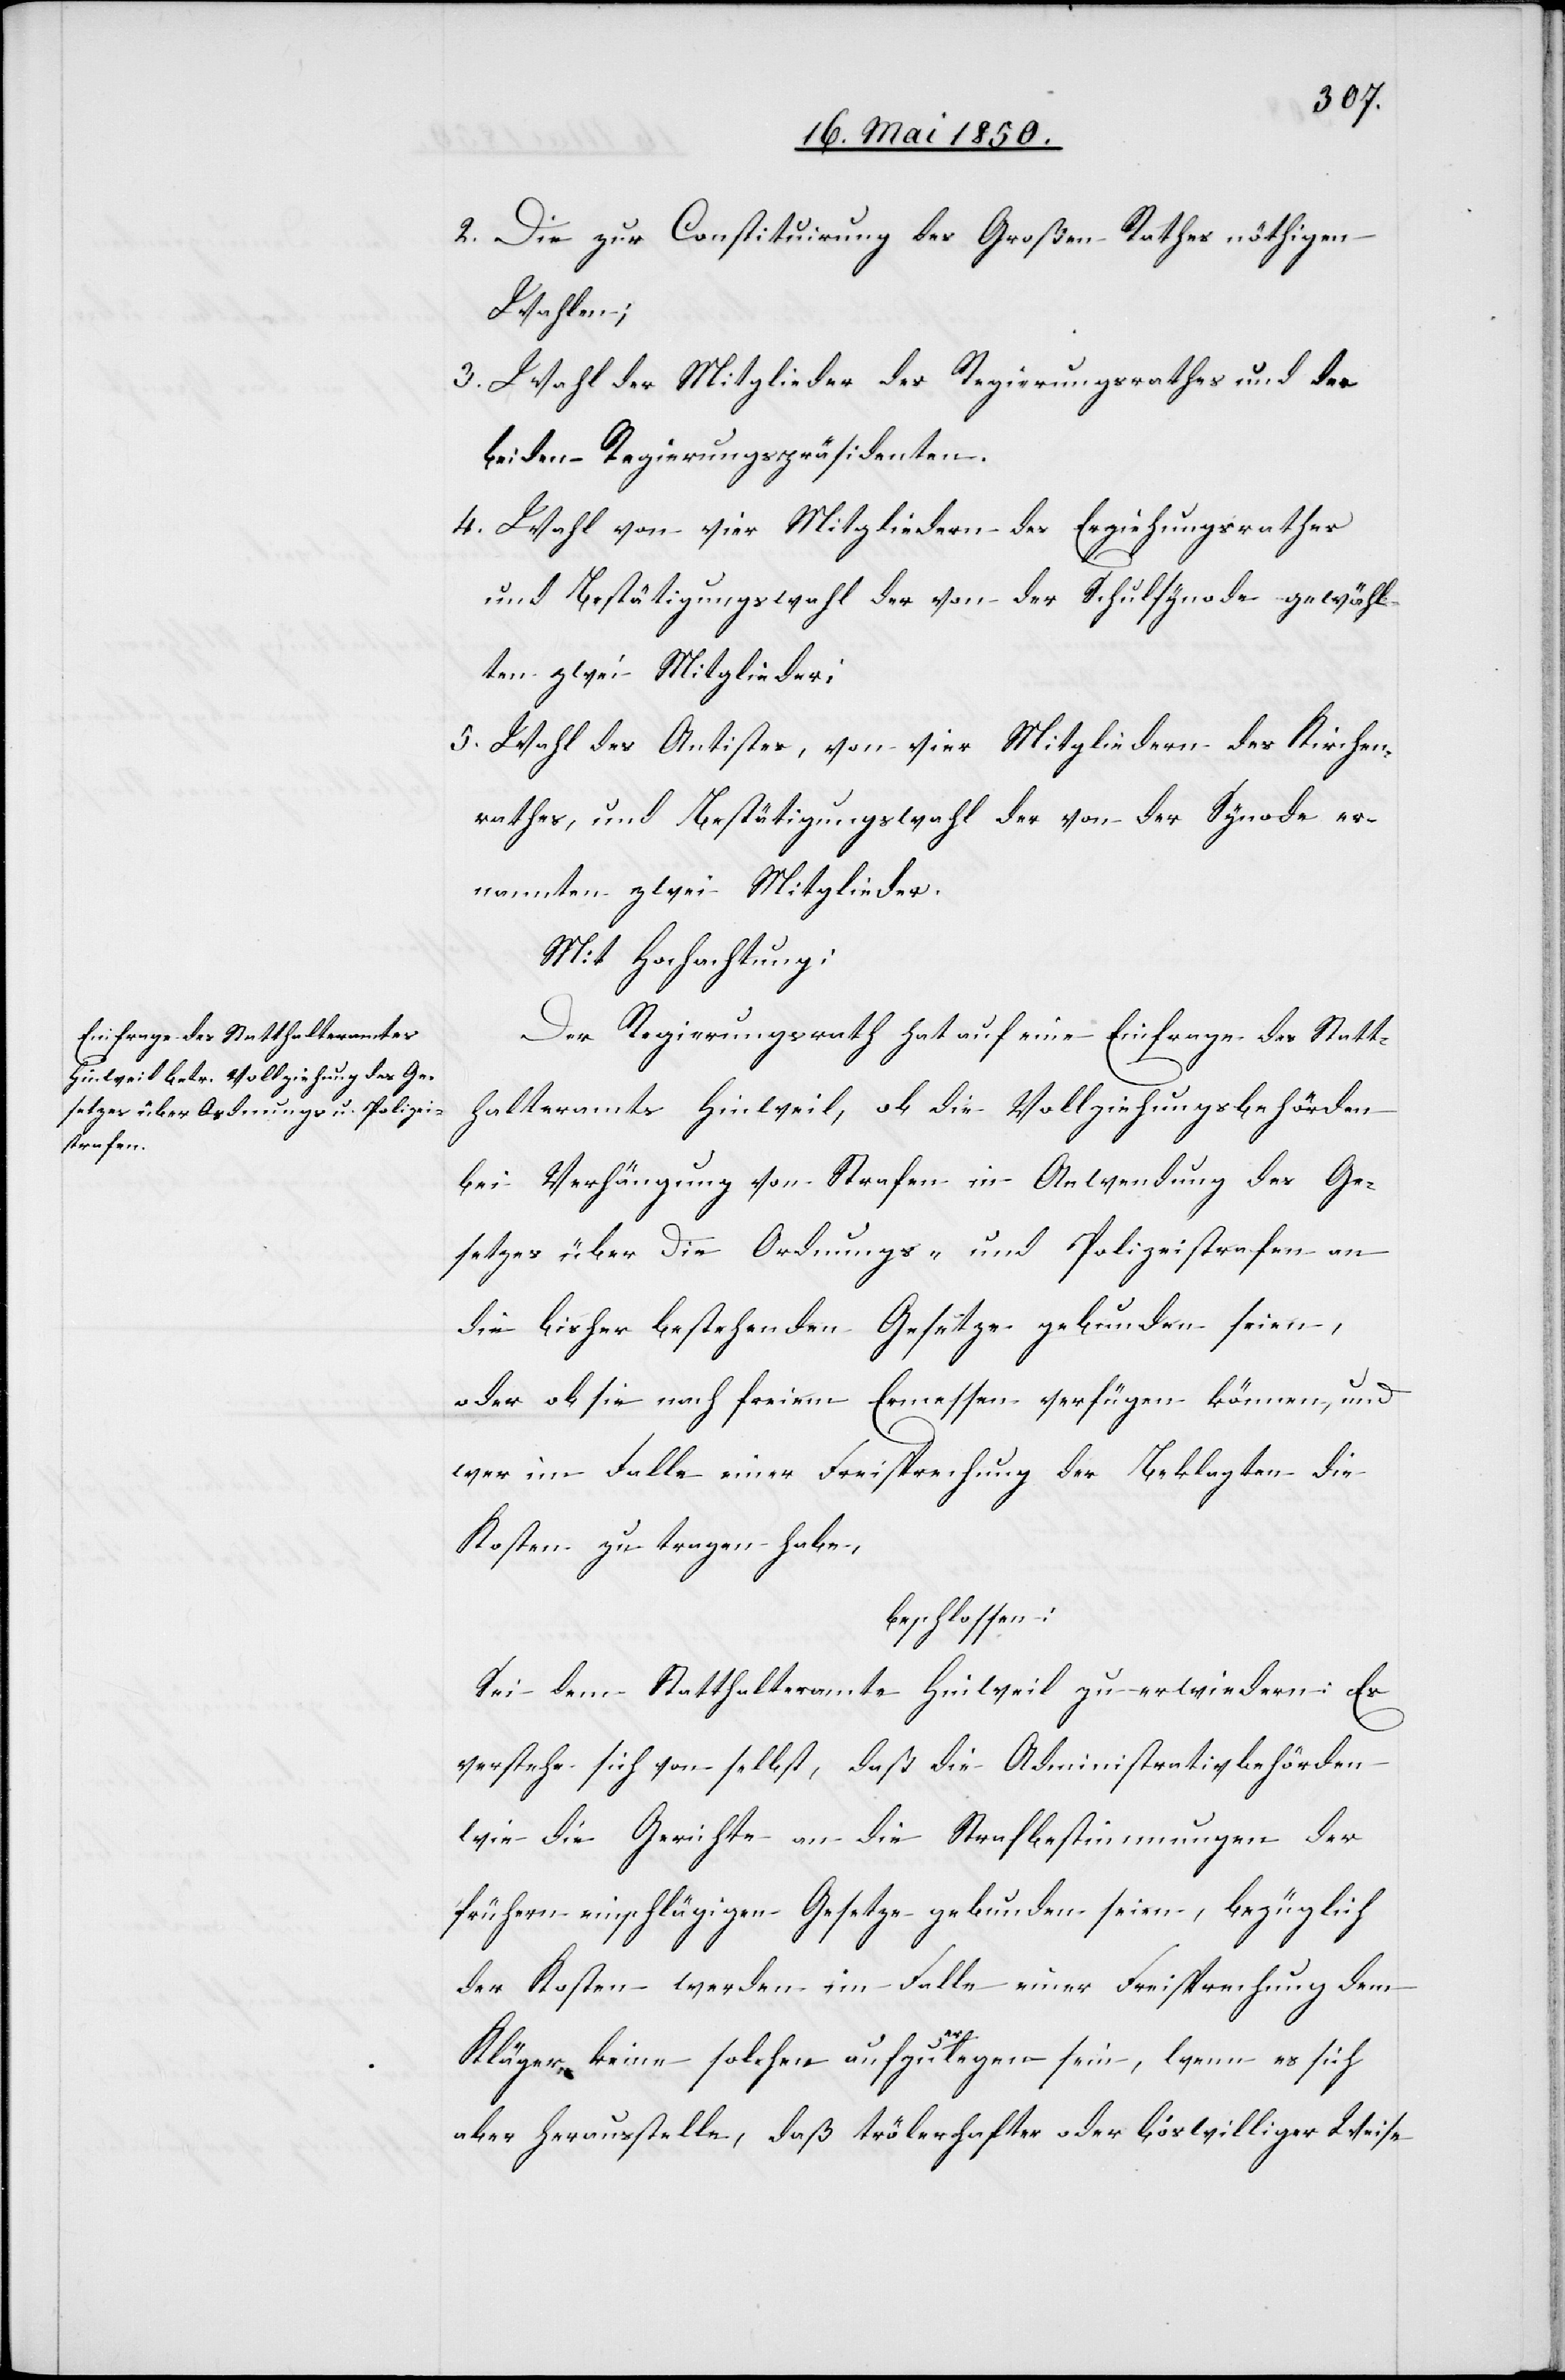
2. Die zur Constituirung des Großen Rathes nöthigen
Wahlen;
3. Wahl der Mitglieder des Regierungsrathes und der
beiden Regierungspräsidenten.
4. Wahl von vier Mitgliedern des Erziehungsrathes
und Bestätigungswahl der von der Schulsynode gewähl¬
ten zwei Mitglieder;
5. Wahl des Antistes, von vier Mitgliedern des Kirchen¬
rathes, und Bestätigungswahl der von der Synode er¬
nannten zwei Mitglieder.
Mit Hochachtung:
Der Regierungsrath hat auf eine Einfrage des Statt¬
halteramtes Hinweil, ob die Vollziehungsbehörden
bei Verhängung von Strafen in Anwendung des Ge¬
setzes über Die Ordnungs- und Polizeistrafen an
die bisher bestehenden Gesetze gebunden seien,
oder ob sie nach freiem Ermessen verfügen können, und
wer im Falle einer Freisprechung der Beklagten die
Kosten zu tragen habe,
beschlossen:
Sei dem Statthalteramte Hinweil zu erwiedern: Es
verstehe sich von selbst, daß die Administrativbehörden
wie die Gerichte an die Strafbestimmungen der
frühern einschlägigen Gesetze gebunden seien, bezüglich
der Kosten werden im Falle einer Freisprechung dem
Kläger keine solchen aufzuerlegen sein, wenn es sich
aber herausstelle, daß trölerhafter oder böswilliger Weise